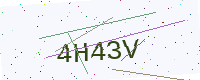
Text: 4H43V